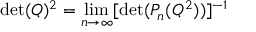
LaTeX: \operatorname * { d e t } ( Q ) ^ { 2 } = \operatorname * { l i m } _ { n \rightarrow \infty } [ \operatorname * { d e t } ( P _ { n } ( Q ^ { 2 } ) ) ] ^ { - 1 }